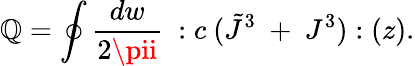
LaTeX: \mathbb{Q}=\oint{\frac{{dw}}{{2\pii}}}~:c~(\tilde{{J}}^{3}~+~J^{3}):(z).